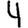
Digit: 4